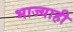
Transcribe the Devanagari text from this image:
भाज्याही